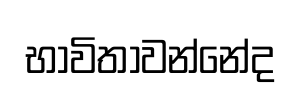
භාවිතාවන්නේද